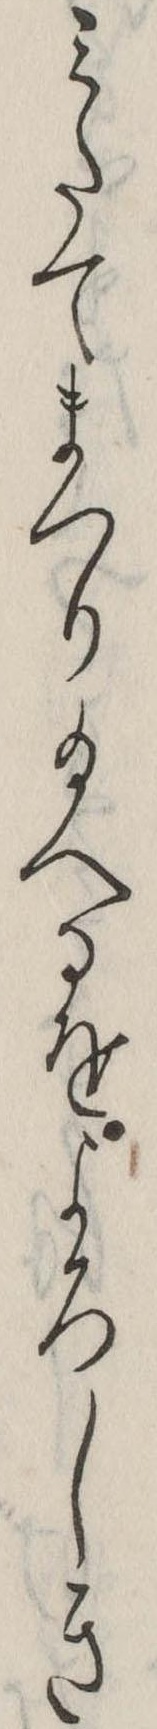
みたてまつり給へるをよろしき